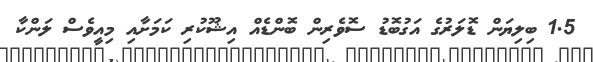
1.5 ބިލިޔަން ޑޮލަރުގެ އަގުބޮޑު ސޮވެރިން ބޮންޑެއް އިޝޫކުރި ކަމަށާއި މިއީވެސް ލަންކާ